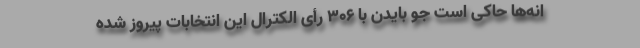
انه‌ها حاکی است جو بایدن با ۳۰۶ رأی الکترال این انتخابات پیروز شده